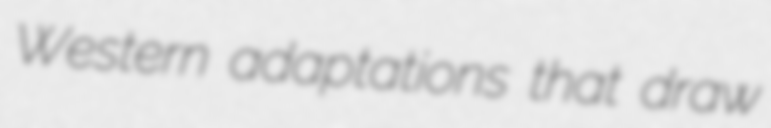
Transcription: Western adaptations that draw